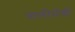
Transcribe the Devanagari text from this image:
चालीसेची